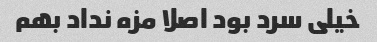
خیلی سرد بود اصلا مزه نداد بهم